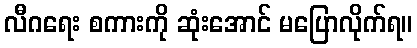
လီဂရေး စကားကို ဆုံးအောင် မပြောလိုက်ရ။